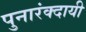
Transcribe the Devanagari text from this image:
पुनारंक्दायी